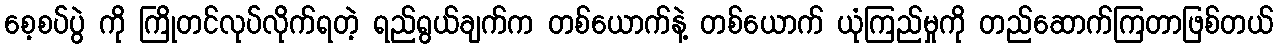
စေ့စပ်ပွဲ ကို ကြိုတင်လုပ်လိုက်ရတဲ့ ရည်ရွယ်ချက်က တစ်ယောက်နဲ့ တစ်ယောက် ယုံကြည်မှုကို တည်ဆောက်ကြတာဖြစ်တယ်